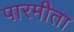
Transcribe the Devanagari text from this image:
पारमीता